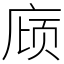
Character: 庼